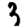
Digit: 3